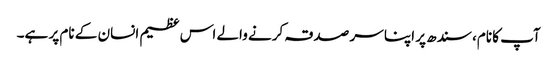
آپ کا نام، سندھ پر اپنا سر صدقہ کرنے والے اس عظیم انسان کے نام پر ہے۔